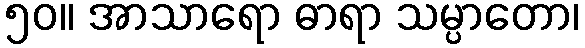
၅၀။ အာသာရော ဓာရာ သမ္ပာတော၊